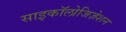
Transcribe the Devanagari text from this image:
साइकॉलोजिज़ेशन